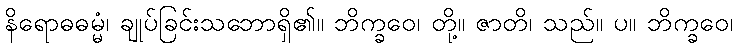
နိရောဓဓမ္မံ၊ ချုပ်ခြင်းသဘောရှိ၏။ ဘိက္ခဝေ၊ တို့။ ဇာတိ၊ သည်။ ပ။ ဘိက္ခဝေ၊